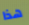
هذا